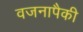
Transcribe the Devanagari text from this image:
वजनापैकी